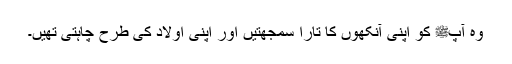
وہ آپﷺ کو اپنی آنکھوں کا تارا سمجھتیں اور اپنی اولاد کی طرح چاہتی تھیں۔